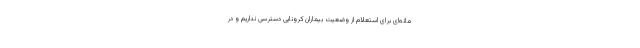
مانه‌ای برای استعلام از وضعیت بیماران کرونایی دسترسی نداریم و در